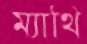
ম্যাথি